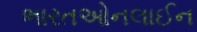
ભારતઓનલાઈન